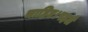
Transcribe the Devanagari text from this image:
चाहिए।पहले